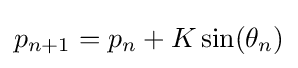
p_{n+1}=p_{n}+K\sin(\theta _{n})